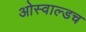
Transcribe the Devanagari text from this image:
ओस्वाल्डच